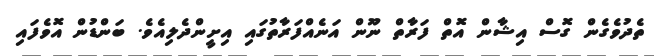
ތެދުވެގެން ގޮސް އިޝާން އޮތް ފަރާތް ނޫން އަނެއްފަރާތުގައި އިށީންދެލިއެވެ. ބަންޑުން އޮވެފައި